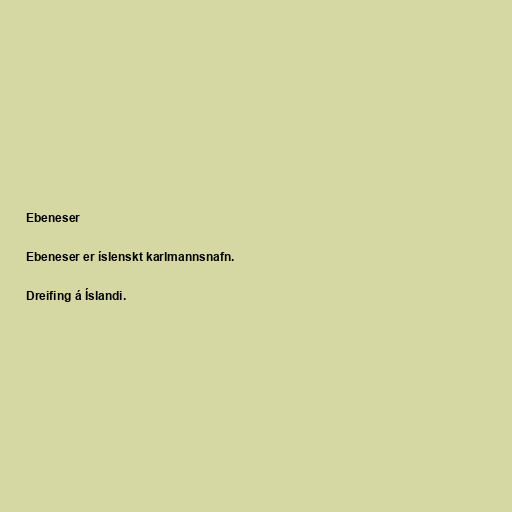
Ebeneser

Ebeneser er íslenskt karlmannsnafn.

Dreifing á Íslandi.